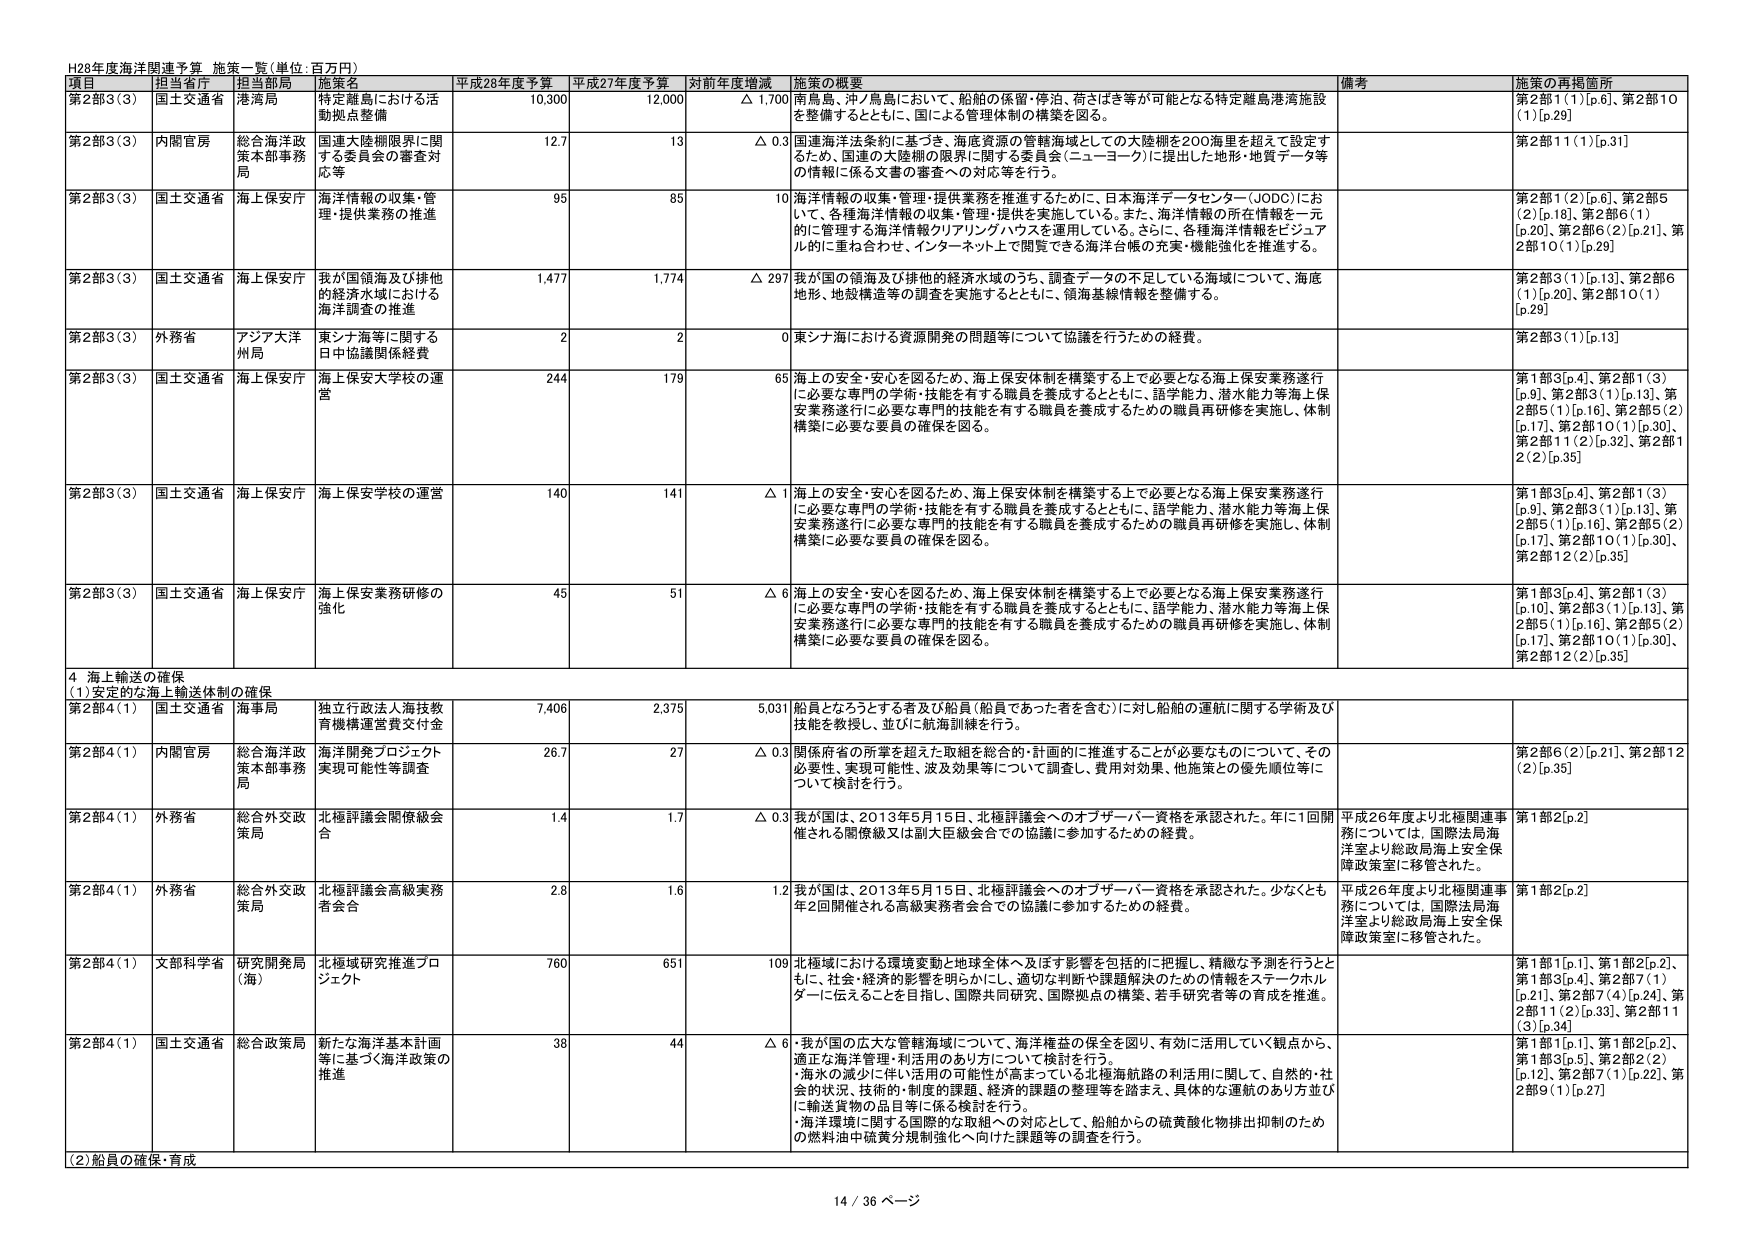
H28年度海洋関連予算 施策一覧（単位：百万円）

項目 担当省庁 担当局 施策名 平成28年度予算 平成27年度予算 対前年度増減 施策の概要 備考 施策の再掲箇所

第2部3（3） 国土交通省 港湾局 特定離島における活動拠点整備 10,300 12,000 △ 1,700 南鳥島、沖ノ鳥島において、船舶の係留・停泊、荷さばき等が可能となる特定離島港湾施設を整備するとともに、国による管理体制の構築を図る。 第2部1（1）[p.6]、第2部10（1）[p.29]

第2部3（3） 内閣官房 総合海洋政策本部事務局 国連大陸棚限界に関する委員会の審査対応等 12.7 13 △ 0.3 国連海洋法条約に基づき、海底資源の管轄海域としての大陸棚を200海里を超えて設定するため、国連の大陸棚の限界に関する委員会（ニューヨーク）に提出した地形・地質データ等の情報に係る文書の審査への対応等を行う。 第2部11（1）[p.31]

第2部3（3） 国土交通省 海上保安庁 海洋情報の収集・管理・提供業務の推進 95 85 10 海洋情報の収集・管理・提供業務を推進するために、日本海洋データセンター（JODC）において、各種海洋情報の収集・管理・提供を実施している。また、海洋情報の所在情報を一元的に管理する海洋情報クリアリングハウスを運用している。さらに、各種海洋情報をビジュアル的に重ね合わせ、インターネット上で閲覧できる海洋台帳の充実・機能強化を推進する。 第2部1（2）[p.6]、第2部5（2）[p.18]、第2部6（1）[p.20]、第2部6（2）[p.21]、第2部10（1）[p.29]

第2部3（3） 国土交通省 海上保安庁 我が国領海及び排他的経済水域における海洋調査の推進 1,477 1,774 △ 297 我が国の領海及び排他的経済水域のうち、調査データの不足している海域について、海底地形、地殻構造等の調査を実施するとともに、領海基線情報等を整備する。 第2部3（1）[p.13]、第2部6（1）[p.20]、第2部10（1）[p.29]

第2部3（3） 外務省 アジア大洋州局 東シナ海等に関する日中協議関係経費 2 2 0 東シナ海における資源開発の問題等について協議を行うための経費。 第2部3（1）[p.13]

第2部3（3） 国土交通省 海上保安庁 海上保安学校の運営 244 179 65 海上の安全・安心を図るため、海上保安体制を構築する上で必要となる海上保安業務遂行に必要な専門の学術・技能を有する職員を養成するとともに、語学能力、潜水能力等海上保安業務遂行に必要な専門的技能を有する職員を養成するための職員再研修を実施し、体制構築に必要な要員の確保を図る。 第1部3[p.4]、第2部1（3）[p.9]、第2部3（1）[p.13]、第2部5（1）[p.16]、第2部5（2）[p.17]、第2部10（1）[p.30]、第2部11（2）[p.32]、第2部12（2）[p.35]

第2部3（3） 国土交通省 海上保安庁 海上保安学校の運営 140 141 △ 1 海上の安全・安心を図るため、海上保安体制を構築する上で必要となる海上保安業務遂行に必要な専門の学術・技能を有する職員を養成するとともに、語学能力、潜水能力等海上保安業務遂行に必要な専門的技能を有する職員を養成するための職員再研修を実施し、体制構築に必要な要員の確保を図る。 第1部3[p.4]、第2部1（3）[p.9]、第2部3（1）[p.13]、第2部5（1）[p.16]、第2部5（2）[p.17]、第2部10（1）[p.30]、第2部12（2）[p.35]

第2部3（3） 国土交通省 海上保安庁 海上保安業務研修の強化 45 51 △ 6 海上の安全・安心を図るため、海上保安体制を構築する上で必要となる海上保安業務遂行に必要な専門の学術・技能を有する職員を養成するとともに、語学能力、潜水能力等海上保安業務遂行に必要な専門的技能を有する職員を養成するための職員再研修を実施し、体制構築に必要な要員の確保を図る。 第1部3[p.4]、第2部1（3）[p.10]、第2部3（1）[p.13]、第2部5（1）[p.16]、第2部5（2）[p.17]、第2部10（1）[p.30]、第2部12（2）[p.35]

4 海上輸送の確保
（1）安定的な海上輸送体制の確保

第2部4（1） 国土交通省 海事局 独立行政法人海技教育機構運営費交付金 7,406 2,375 5,031 船員となろうとする者及び船員（船員であった者を含む）に対し船舶の運航に関する学術及び技能を教授し、並びに航海訓練を行う。

第2部4（1） 内閣官房 総合海洋政策本部事務局 海洋開発プロジェクト実現可能性等調査 26.7 27 △ 0.3 関係府省の所掌を超えた取組を総合的・計画的に推進することが必要なものについて、その必要性、実現可能性、波及効果等について調査し、費用対効果、他施策との優先順位等について検討を行う。 第2部6（2）[p.21]、第2部12（2）[p.35]

第2部4（1） 外務省 総合外交政策局 北極評議会閣僚級会合 1.4 1.7 △ 0.3 我が国は、2013年5月15日、北極評議会へのオブザーバー資格を承認された。年に1回開催される閣僚級又は副大臣級会合での協議に参加するための経費。 平成26年度より北極関連事務については、国際法局海洋室より総政局海上安全保障政策室に移管された。 第1部2[p.2]

第2部4（1） 外務省 総合外交政策局 北極評議会高級実務者会合 2.8 1.6 1.2 我が国は、2013年5月15日、北極評議会へのオブザーバー資格を承認された。少なくとも年2回開催される高級実務者会合での協議に参加するための経費。 平成26年度より北極関連事務については、国際法局海洋室より総政局海上安全保障政策室に移管された。 第1部2[p.2]

第2部4（1） 文部科学省 研究開発局（海） 北極域研究推進プロジェクト 760 651 109 北極域における環境変動と地球全体へ及ぼす影響を包括的に把握し、精緻な予測を行うとともに、社会・経済的影響を明らかにし、適切な判断や課題解決のための情報をステークホルダーに伝えることを目指し、国際共同研究、国際拠点の構築、若手研究者等の育成を推進。 第1部1[p.1]、第1部2[p.2]、第1部3[p.4]、第2部7（1）[p.21]、第2部7（4）[p.24]、第2部11（2）[p.33]、第2部11（3）[p.34]

第2部4（1） 国土交通省 総合政策局 新たな海洋基本計画等に基づく海洋政策の推進 38 44 △ 6 ・我が国の広大な管轄海域について、海洋権益の保全を図り、有効に活用していく観点から、適正な海洋管理・利活用のあり方について検討を行う。 ・海水の減少に伴い活用の可能性が高まっている北極海航路の利活用に関して、自然的・社会的状況、技術的・制度的課題、経済的課題の整理等を踏まえ、具体的な運航のあり方並びに輸送貨物の品目等に係る検討を行う。 ・海洋環境に関する国際的な取組への対応として、船舶からの硫黄酸化物排出抑制のための燃料油中硫黄分規制強化へ向けた課題等の調査を行う。 第1部1[p.1]、第1部2[p.2]、第1部3[p.5]、第2部2（2）[p.12]、第2部7（1）[p.22]、第2部9（1）[p.27]

（2）船員の確保・育成

14 / 36 ページ